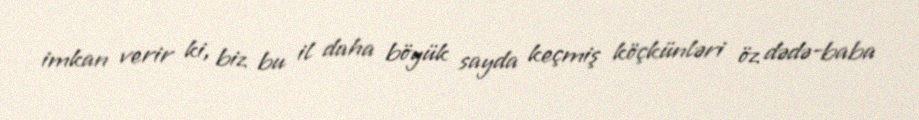
imkan verir ki, biz bu il daha böyük sayda keçmiş köçkünləri öz dədə-baba